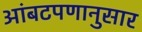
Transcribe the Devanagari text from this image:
आंबटपणानुसार